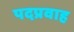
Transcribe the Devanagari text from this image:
पदप्रवाह